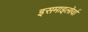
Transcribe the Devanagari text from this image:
इसमाइलोर्वा